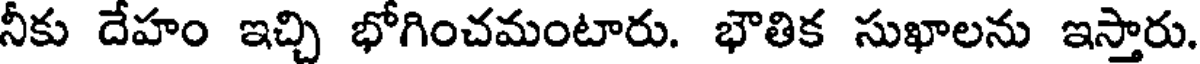
నీకు దేహం ఇచ్చి భోగించమంటారు. భౌతిక సుఖాలను ఇస్తారు.